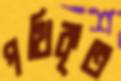
পথিকৃত